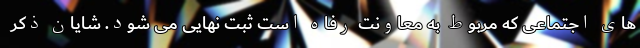
های اجتماعی که مربوط به معاونت رفاه است ثبت نهایی می شود. شایان ذکر